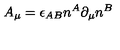
A _ { \mu } = \epsilon _ { A B } n ^ { A } \partial _ { \mu } n ^ { B }